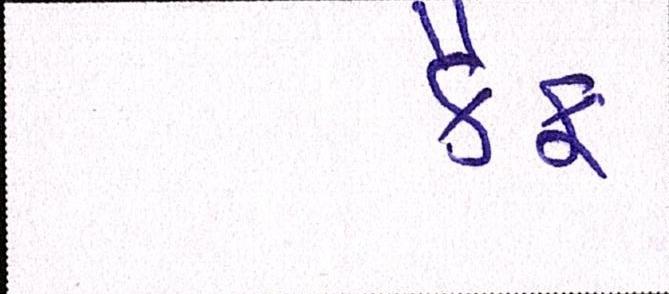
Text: કૈફ